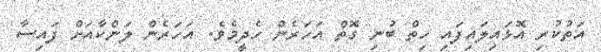
އަތުކުރި އޮޅައިލައިފައި ހިތް ބުނި ގޮތް އަހަރެން ހެދީމެވެ. އަހަރެން ލަންކާއަށް ފައިސާ